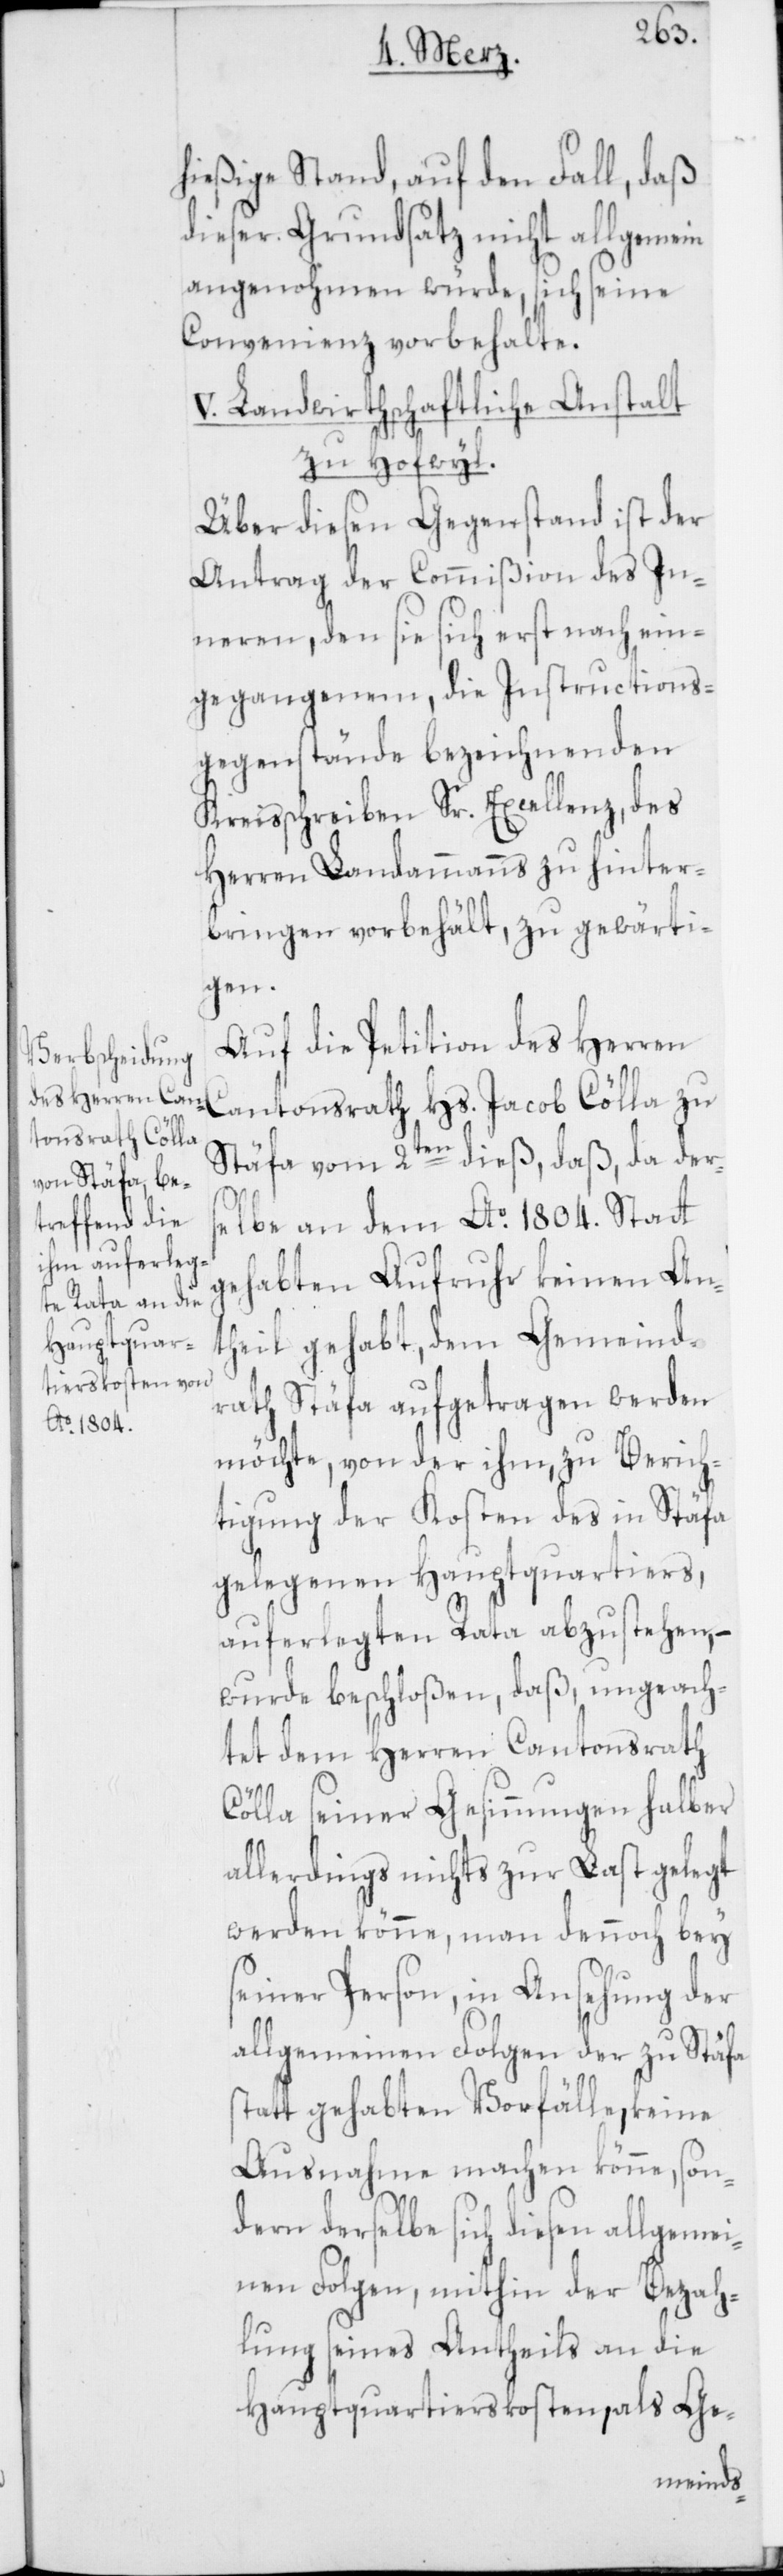
hießige Stand, auf den Fall, daß
dieser Grundsatz nicht allgemein
angenohmen würde, sich seine
Convenienz vorbehalte.
V. Landwirthschaftliche Anstalt
zu Hofwyl.
Über diesen Gegenstand ist der
Antrag der Commißion des In¬
neren, den sie sich erst nach ein¬
gegangenen, die Instructions-G¬
egenstände bezeichnenden
Kreisschreiben Sr. Excellenz, des
Herren Landammanns zu hinter¬
bringen vorbehält, zu gewärti¬
gen.
Auf die Petition des Herren
Cantonsrath Hs. Jacob Cölla zu
Stäfa vom 2ten dieß, daß, da ders¬
elbe an dem Ao 1804. Statt
gehabten Aufruhr keinen An¬
theil gehabt, dem Gemeind¬
rath Stäfa aufgetragen werden
möchte, von der ihm, zu Berich¬
tigung der Kosten des in Stäfa
gelegenen Hauptquartiers,
auferlegten Rata abzustehen, –
wurde beschloßen, daß, ungeach¬
tet dem Herren Cantonsrath
Cölla seiner Gesinnungen halber
allerdings nichts zur Last gelegt
werden könne, man dennoch bey
seiner Person, in Ansehung der
allgemeinen Folgen der zu Stäfa
statt gehabten Vorfälle, keine
Ausnahme machen könne, son¬
dern derselbe sich diesen allgemei¬
nen Folgen, mithin der Bezah¬
lung seines Antheils an die
Hauptquartierskosten, als Ge-